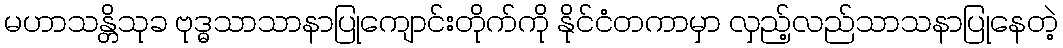
မဟာသန္တိသုခ ဗုဒ္ဓသာသာနာပြုကျောင်းတိုက်ကို နိုင်ငံတကာမှာ လှည့်လည်သာသနာပြုနေတဲ့